Annual report of the Punjab Veterinary College and of the Civil Veterinary Department, Punjab - 1909-1919
Year: 1909
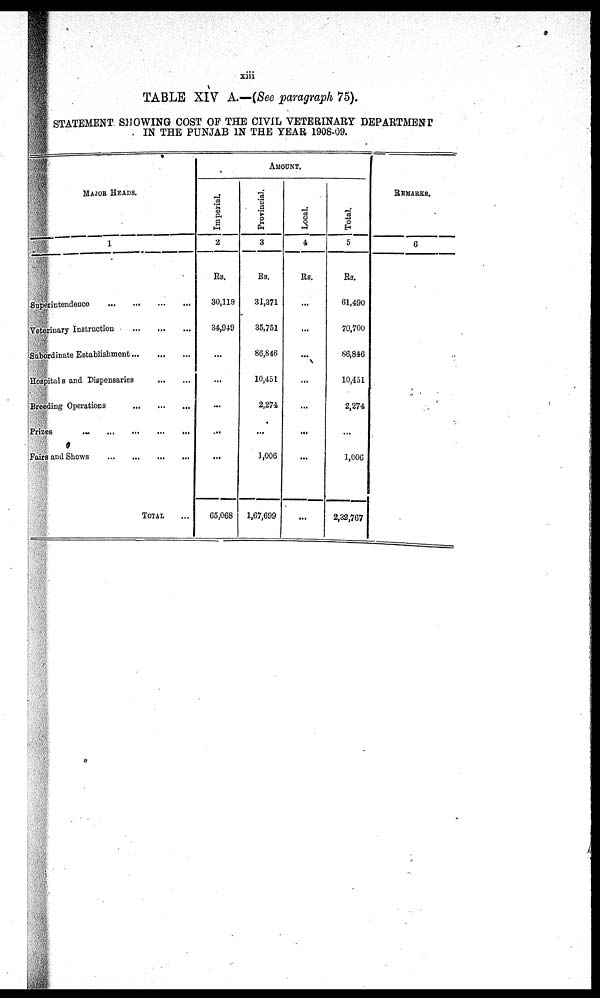
xiii
TABLE XIV A.—(See paragraph 75).
STATEMENT SHOWING COST OF THE CIVIL VETERINARY DEPARTMENT
IN THE PUNJAB IN THE YEAR 1908-09.
MAJOR HEADS.
1
Superintendence
...
...
...
...
Veterinary Instruction ... ... ...
Subordinate Establishment ... ... ... ...
Hospitals and Dispensaries
...
...
Breeding Operations
...
...
...
...
Prizes
...
...
...
...
...
Fairs and Shows
...
...
...
...
TOTAL ...
AMOUNT.
Imperial.
2
Rs.
30,119
34,949
...
...
...
...
...
65,068
Provincial.
3
Rs.
31,371
35,751
86,846
10,451
2,274
...
1,006
1,67,699
Local.
4
Rs.
...
...
...
...
...
...
...
...
Total.
5
Rs.
61,490
70,700
86,846
10,451
2,274
...
1,006
2,32,767
REMARKS.
6